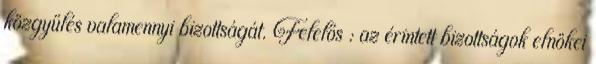
közgyűlés valamennyi bizottságát. Felelős : az érintett bizottságok elnökei